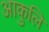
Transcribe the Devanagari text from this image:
आकुलि